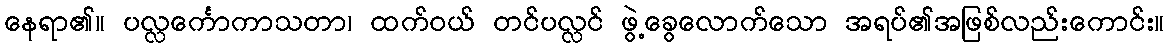
နေရာ၏။ ပလ္လင်္ကောကာသတာ၊ ထက်ဝယ် တင်ပလ္လင် ဖွဲ့ခွေလောက်သော အရပ်၏အဖြစ်လည်းကောင်း။